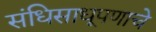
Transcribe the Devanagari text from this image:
संधिसाधूपणाचे